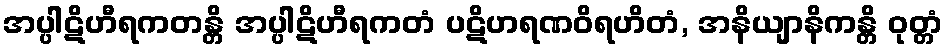
အပ္ပါဋိဟီရကတန္တိ အပ္ပါဋိဟီရကတံ ပဋိဟရဏဝိရဟိတံ, အနိယျာနိကန္တိ ဝုတ္တံ